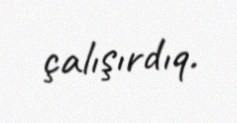
çalışırdıq.